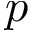
p